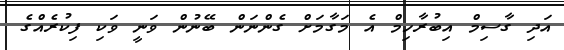
އަދި ގާސިމް އިބުރާހިމް އެ މަގާމަށް ގެންނަން ބޭނުން ވަނީ ވަކި ފިކުރެއްގެ